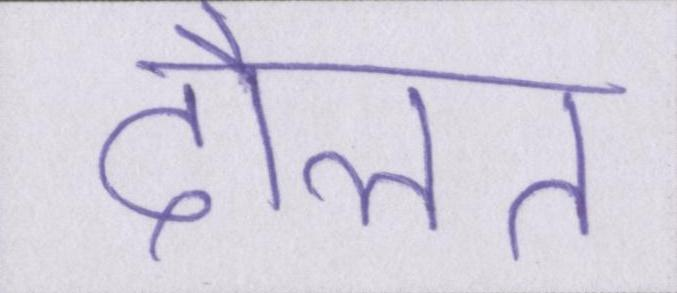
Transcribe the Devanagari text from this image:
दौलत